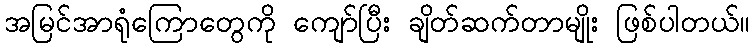
အမြင်အာရုံကြောတွေကို ကျော်ပြီး ချိတ်ဆက်တာမျိုး ဖြစ်ပါတယ်။